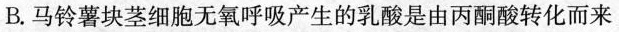
B.马铃薯块茎细胞无氧呼吸产生的乳酸是由丙酮酸转化而来